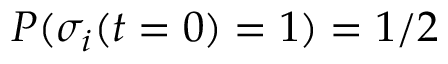
P ( \sigma _ { i } ( t = 0 ) = 1 ) = 1 / 2